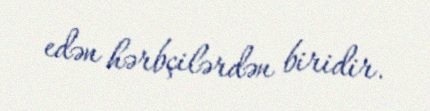
edən hərbçilərdən biridir.